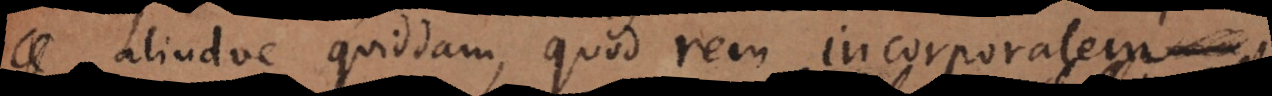
aliudve quiddam, quod rem incorporalem